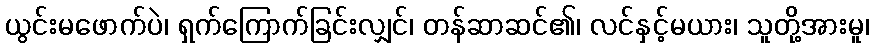
ယွင်းမဖောက်ပဲ၊ ရှက်ကြောက်ခြင်းလျှင်၊ တန်ဆာဆင်၏၊ လင်နှင့်မယား၊ သူတို့အားမူ၊